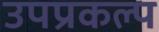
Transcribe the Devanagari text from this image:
उपप्रकल्प